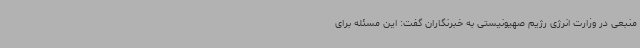
منبعی در وزارت انرژی رژیم صهیونیستی به خبرنگاران گفت: این مسئله برای